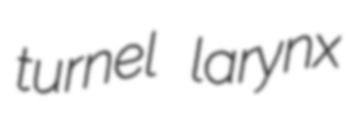
turnel larynx